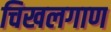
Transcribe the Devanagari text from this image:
चिखलगाण